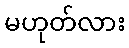
မဟုတ်လား